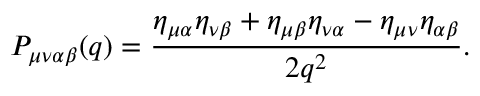
P _ { \mu \nu \alpha \beta } ( q ) = \frac { \eta _ { \mu \alpha } \eta _ { \nu \beta } + \eta _ { \mu \beta } \eta _ { \nu \alpha } - \eta _ { \mu \nu } \eta _ { \alpha \beta } } { 2 q ^ { 2 } } .